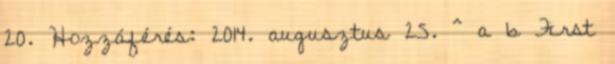
20. Hozzáférés: 2014. augusztus 25. ^ a b First